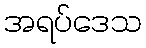
အရပ်ဒေသ